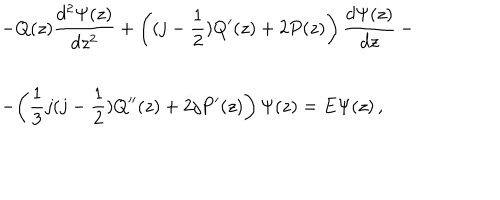
\begin{array} { l } { { \displaystyle { - Q ( z ) \frac { d ^ { 2 } \Psi ( z ) } { d z ^ { 2 } } + \left( ( j - \frac { 1 } { 2 } ) Q ^ { \prime } ( z ) + 2 P ( z ) \right) \frac { d \Psi ( z ) } { d z } } \, - } } \\ { { - \displaystyle { \left( \frac { 1 } { 3 } j ( j - \frac { 1 } { 2 } ) Q ^ { \prime \prime } ( z ) + 2 j P ^ { \prime } ( z ) \right) \Psi ( z ) = E \Psi ( z ) } \, , } } \\ \end{array}